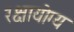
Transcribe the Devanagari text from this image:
रक्षायोग्य